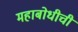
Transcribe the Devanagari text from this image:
महाबोधीची